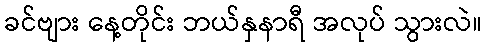
ခင်ဗျား နေ့တိုင်း ဘယ်နှနာရီ အလုပ် သွားလဲ။